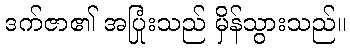
ဒက်ဇာ၏ အပြုံးသည် မှိန်သွားသည်။